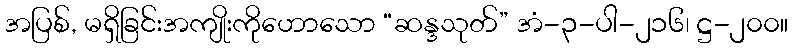
အပြစ်, မရှိခြင်းအကျိုးကိုဟောသော “ဆန္ဒသုတ်” အံ-၃-ပါ-၂၁၆၊ ဋ္ဌ-၂၀၀။